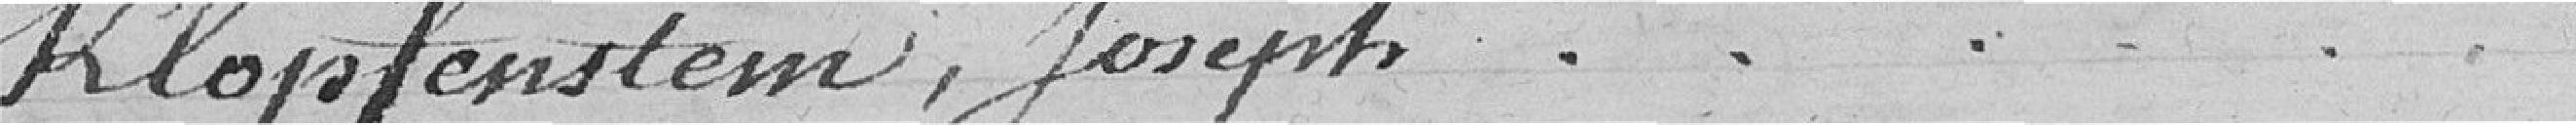
Klopfenstein, Joseph